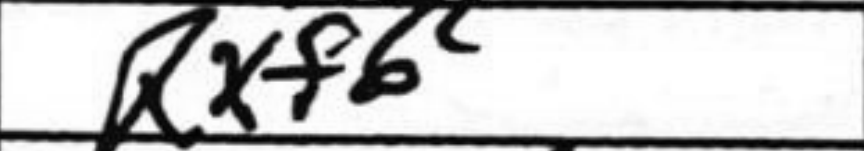
Transcription: Rxf6